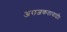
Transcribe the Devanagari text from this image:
अराजकतावादी।